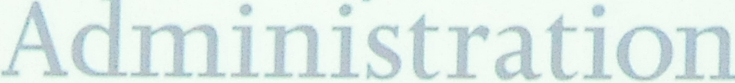
Administration